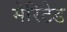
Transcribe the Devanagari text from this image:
मेरिटेड